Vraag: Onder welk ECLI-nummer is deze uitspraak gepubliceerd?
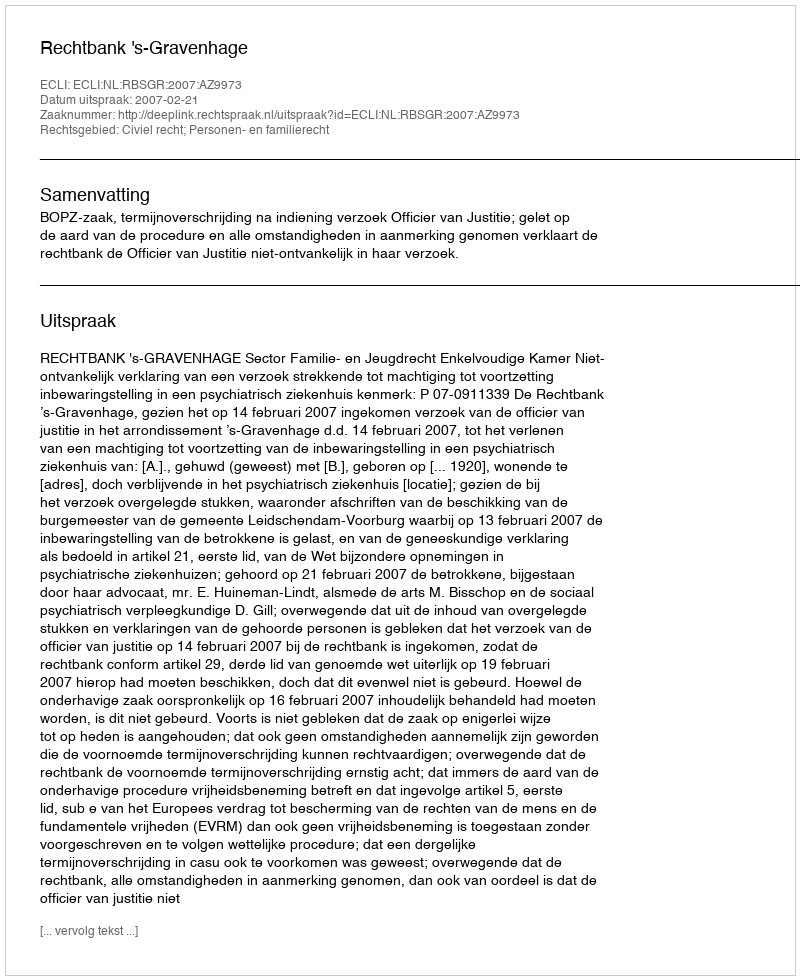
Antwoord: ECLI:NL:RBSGR:2007:AZ9973